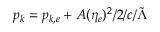
p _ { k } = p _ { k , e } + A ( \eta _ { e } ) ^ { 2 } / 2 / c / \tilde { \Lambda }